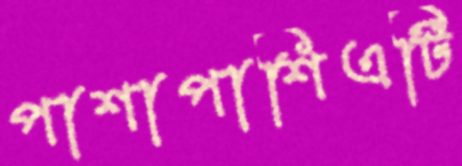
পাশাপাশিএটি